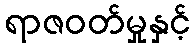
ရာဇဝတ်မှုနှင့်